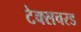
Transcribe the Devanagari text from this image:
टेक्सचरड